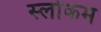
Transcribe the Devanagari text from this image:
स्‍लोकम